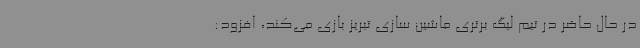
در حال حاضر در تیم لیگ برتری ماشین سازی تبریز بازی می‌کند، افزود: